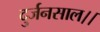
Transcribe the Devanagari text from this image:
दुर्जनसाल।।